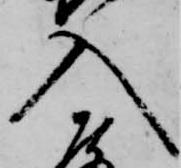
入